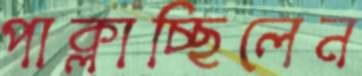
পাক্‌লাচ্ছিলেন